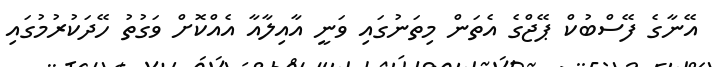
އޭނާގެ ފޭސްބުކް ޕޭޖްގެ އެތަން މިތަނުގައި ވަނީ އާއިލާއާ އެއްކޮށް ވަގުތު ހޭދަކުރުމުގައި